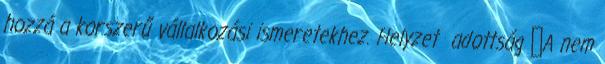
hozzá a korszerű vállalkozási ismeretekhez. Helyzet adottság ▪A nem